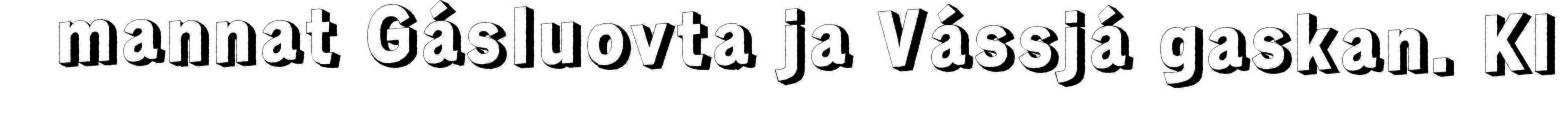
mannat Gásluovta ja Vássjá gaskan. Kl